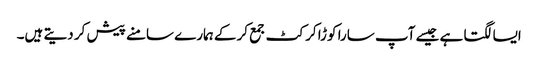
ایسا لگتا ہے جیسے آپ سارا کوڑا کرکٹ جمع کرکے ہمارے سامنے پیش کر دیتے ہیں۔